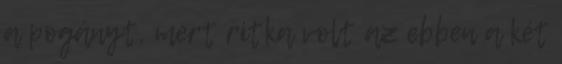
a pogányt, mert ritka volt az ebben a két